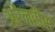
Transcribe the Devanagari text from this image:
अरैनसैस